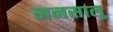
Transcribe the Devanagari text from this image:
मनसालू